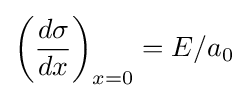
\left({\frac {d\sigma }{dx}}\right)_{x=0}=E/a_{0}